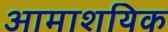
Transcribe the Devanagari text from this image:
आमाशयिक